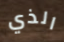
الذي